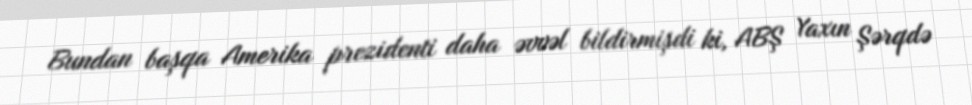
Bundan başqa Amerika prezidenti daha əvvəl bildirmişdi ki, ABŞ Yaxın Şərqdə